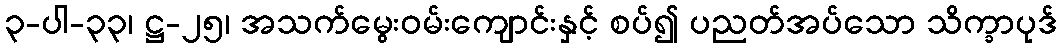
၃-ပါ-၃၃၊ ဋ္ဌ-၂၅၊ အသက်မွေးဝမ်းကျောင်းနှင့် စပ်၍ ပညတ်အပ်သော သိက္ခာပုဒ်